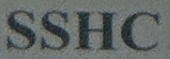
SSHC